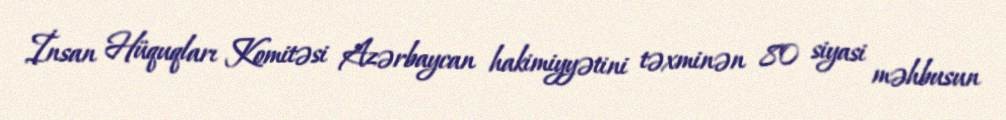
İnsan Hüquqları Komitəsi Azərbaycan hakimiyyətini təxminən 80 siyasi məhbusun